Treatise on elephants
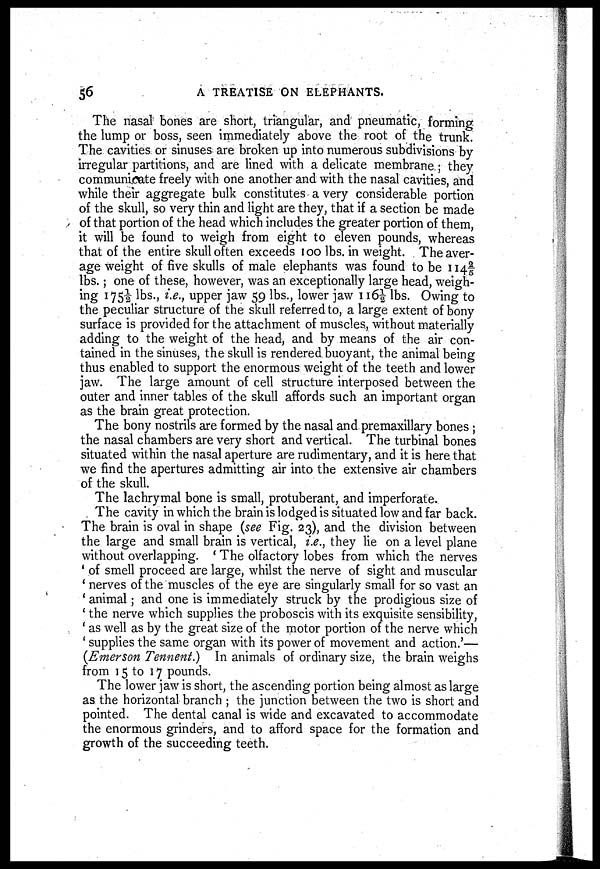
56
A TREATISE ON ELEPHANTS.
The nasal bones are short, triangular, and pneumatic, forming
the lump or boss, seen immediately above the root of the trunk.
The cavities or sinuses are broken up into numerous subdivisions by
irregular partitions, and are lined with a delicate membrane ; they
communicate freely with one another and with the nasal cavities, and
while their aggregate bulk constitutes a very considerable portion
of the skull, so very thin and light are they, that if a section be made
of that portion of the head which includes the greater portion of them,
it will be found to weigh from eight to eleven pounds, whereas
that of the entire skull often exceeds 100 lbs. in weight. The aver-
age weight of five skulls of male elephants was found to be 114 2/5
lbs.; one of these, however, was an exceptionally large head, weigh-
ing 175½ lbs., i.e., upper jaw 59 lbs., lower jaw 116½ lbs. Owing to
the peculiar structure of the skull referred to, a large extent of bony
surface is provided for the attachment of muscles, without materially
adding to the weight of the head, and by means of the air con-
tained in the sinuses, the skull is rendered buoyant, the animal being
thus enabled to support the enormous weight of the teeth and lower
jaw. The large amount of cell structure interposed between the
outer and inner tables of the skull affords such an important organ
as the brain great protection.
The bony nostrils are formed by the nasal and premaxillary bones ;
the nasal chambers are very short and vertical. The turbinal bones
situated within the nasal aperture are rudimentary, and it is here that
we find the apertures admitting air into the extensive air chambers
of the skull.
The lachrymal bone is small, protuberant, and imperforate.
The cavity in which the brain is lodged is situated low and far back.
The brain is oval in shape (see Fig. 23), and the division between
the large and small brain is vertical, i.e., they lie on a level plane
without overlapping. ' The olfactory lobes from which the nerves
' of smell proceed are large, whilst the nerve of sight and muscular
' nerves of the muscles of the eye are singularly small for so vast an
' animal ; and one is immediately struck by the prodigious size of
' the nerve which supplies the proboscis with its exquisite sensibility,
' as well as by the great size of the motor portion of the nerve which
' supplies the same organ with its power of movement and action.'—
(Emerson Tennent.) In animals of ordinary size, the brain weighs
from 15 to 17 pounds.
The lower jaw is short, the ascending portion being almost as large
as the horizontal branch ; the junction between the two is short and
pointed. The dental canal is wide and excavated to accommodate
the enormous grinders, and to afford space for the formation and
growth of the succeeding teeth.